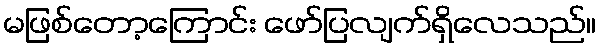
မဖြစ်တော့ကြောင်း ဖော်ပြလျက်ရှိလေသည်။